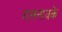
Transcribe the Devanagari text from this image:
रासनायके